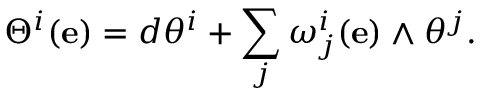
\Theta ^ { i } ( \mathbf { e } ) = d \theta ^ { i } + \sum _ { j } \omega _ { j } ^ { i } ( \mathbf { e } ) \wedge \theta ^ { j } .